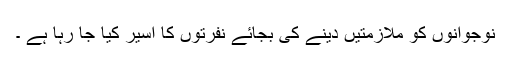
نوجوانوں کو ملازمتیں دینے کی بجائے نفرتوں کا اسیر کیا جا رہا ہے ۔